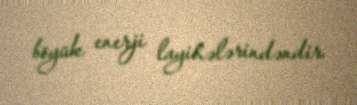
böyük enerji layihələrindəndir.